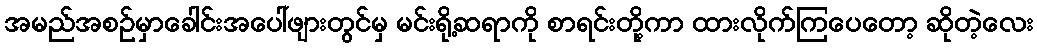
အမည်အစဉ်မှာခေါင်းအပေါ်ဖျားတွင်မှ မင်းရို့ဆရာကို စာရင်းတို့ကာ ထားလိုက်ကြပေတော့ ဆိုတဲ့လေး